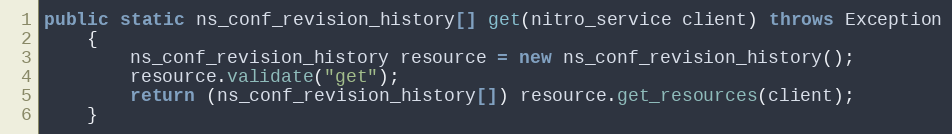
Language: Java
public static ns_conf_revision_history[] get(nitro_service client) throws Exception
	{
		ns_conf_revision_history resource = new ns_conf_revision_history();
		resource.validate("get");
		return (ns_conf_revision_history[]) resource.get_resources(client);
	}